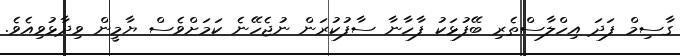
ގާސިމް ފަދަ އިހްލާސްތެރި ބޭފުޅަކު ފާހާނާ ސާފުކުރަން ނުޖެހޭނެ ކަމަށްވެސް ޔާމީން ވިދާޅުވިއެވެ.